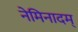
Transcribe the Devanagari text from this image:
नेमिनादम्